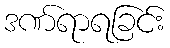
ဒဏ်ရာရခြင်း